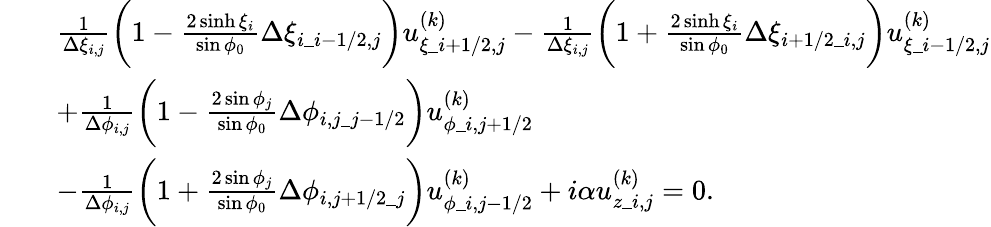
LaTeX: \begin{array}{rl}&{\begin{array}{rl}&{\frac{1}{\Delta\xi_{i,j}}\bigg(1-\frac{2\sinh\xi_{i}}{\sin\phi_{0}}\Delta\xi_{i\_ i-1/2,j}\bigg)u_{\xi\_ {i+1/2,j}}^{(k)}-\frac{1}{\Delta\xi_{i,j}}\bigg(1+\frac{2\sinh\xi_{i}}{\sin\phi_{0}}\Delta\xi_{i+1/2\_ i,j}\bigg)u_{\xi\_ {i-1/2,j}}^{(k)}}\\ &{+\frac{1}{\Delta\phi_{i,j}}\bigg(1-\frac{2\sin\phi_{j}}{\sin\phi_{0}}\Delta\phi_{i,j\_ j-1/2}\bigg)u_{\phi\_ {i,j+1/2}}^{(k)}}\\ &{-\frac{1}{\Delta\phi_{i,j}}\bigg(1+\frac{2\sin\phi_{j}}{\sin\phi_{0}}\Delta\phi_{i,j+1/2\_ j}\bigg)u_{\phi\_ {i,j-1/2}}^{(k)}+i\alpha u_{z\_ i,j}^{(k)}=0.}\end{array}}\end{array}